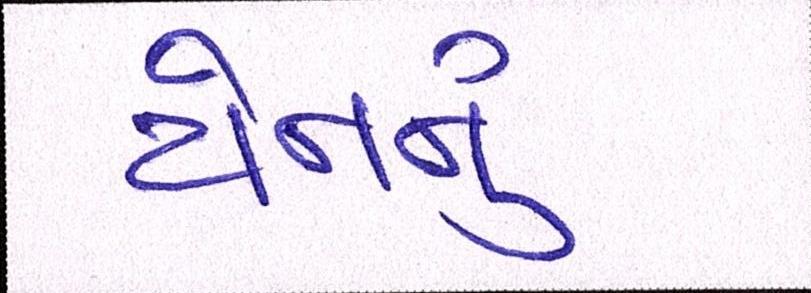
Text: યેનનું